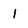
Character: 1